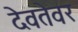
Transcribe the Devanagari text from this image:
देवतेवर